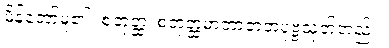
မိန့်တော်မူ၏။ စတုတ္ထံ၊ စတုတ္ထမာတာဘူတပုဗ္ဗသုတ်တည်း။